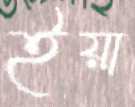
ইয়া